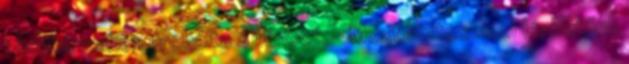
táncteremben próbálta a táncot. - Most biztos nem léphetünk